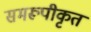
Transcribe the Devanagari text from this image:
समरूपीकृत